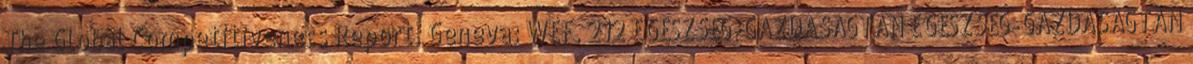
The Global Competitiveness Report. Geneva: WEF. 212 EGÉSZSÉG-GAZDASÁGTAN EGÉSZSÉG-GAZDASÁGTAN